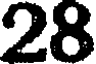
28